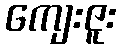
ကျေးဇူး